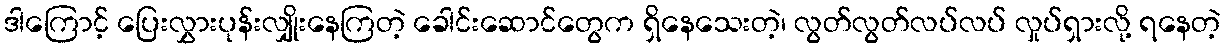
ဒါကြောင့် ပြေးလွှားပုန်းလျှိုးနေကြတဲ့ ခေါင်းဆောင်တွေက ရှိနေသေးတဲ့၊ လွတ်လွတ်လပ်လပ် လှုပ်ရှားလို့ ရနေတဲ့